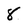
Character: 8